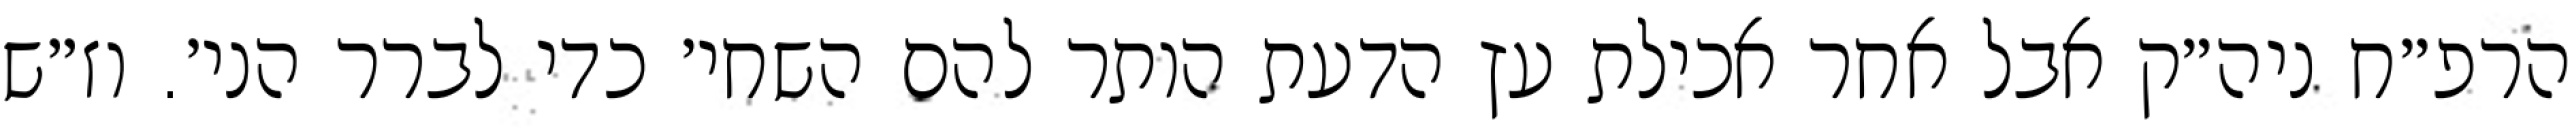
הרפ״ח ניה״ק אבל אחר אכילת עץ הדעת הותר להם השחי׳ כדי לברר הני׳. וז״ש